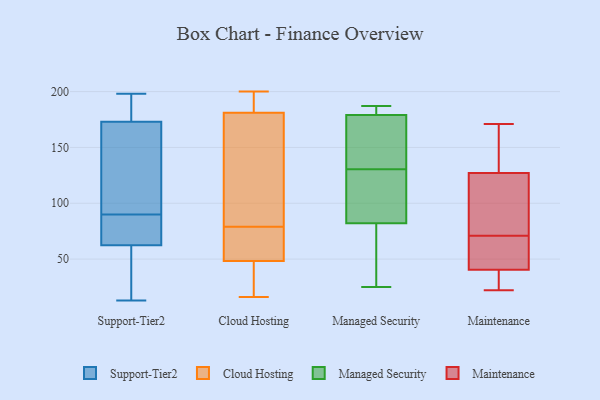
{"axis": {"x": "Demand Index", "y": "Value"}, "legend": ["Cloud Hosting", "Maintenance", "Managed Security", "Support-Tier2"], "data": [{"x": "", "y": 90, "type": "Support-Tier2"}, {"x": "", "y": 13, "type": "Support-Tier2"}, {"x": "", "y": 182, "type": "Support-Tier2"}, {"x": "", "y": 36, "type": "Support-Tier2"}, {"x": "", "y": 58, "type": "Support-Tier2"}, {"x": "", "y": 64, "type": "Support-Tier2"}, {"x": "", "y": 198, "type": "Support-Tier2"}, {"x": "", "y": 189, "type": "Support-Tier2"}, {"x": "", "y": 188, "type": "Support-Tier2"}, {"x": "", "y": 126, "type": "Support-Tier2"}, {"x": "", "y": 62, "type": "Support-Tier2"}, {"x": "", "y": 146, "type": "Support-Tier2"}, {"x": "", "y": 101, "type": "Support-Tier2"}, {"x": "", "y": 64, "type": "Support-Tier2"}, {"x": "", "y": 68, "type": "Support-Tier2"}, {"x": "", "y": 128, "type": "Cloud Hosting"}, {"x": "", "y": 77, "type": "Cloud Hosting"}, {"x": "", "y": 200, "type": "Cloud Hosting"}, {"x": "", "y": 154, "type": "Cloud Hosting"}, {"x": "", "y": 53, "type": "Cloud Hosting"}, {"x": "", "y": 21, "type": "Cloud Hosting"}, {"x": "", "y": 77, "type": "Cloud Hosting"}, {"x": "", "y": 16, "type": "Cloud Hosting"}, {"x": "", "y": 34, "type": "Cloud Hosting"}, {"x": "", "y": 192, "type": "Cloud Hosting"}, {"x": "", "y": 174, "type": "Cloud Hosting"}, {"x": "", "y": 181, "type": "Cloud Hosting"}, {"x": "", "y": 79, "type": "Cloud Hosting"}, {"x": "", "y": 18, "type": "Cloud Hosting"}, {"x": "", "y": 181, "type": "Cloud Hosting"}, {"x": "", "y": 61, "type": "Cloud Hosting"}, {"x": "", "y": 190, "type": "Cloud Hosting"}, {"x": "", "y": 141, "type": "Managed Security"}, {"x": "", "y": 186, "type": "Managed Security"}, {"x": "", "y": 82, "type": "Managed Security"}, {"x": "", "y": 131, "type": "Managed Security"}, {"x": "", "y": 168, "type": "Managed Security"}, {"x": "", "y": 121, "type": "Managed Security"}, {"x": "", "y": 87, "type": "Managed Security"}, {"x": "", "y": 179, "type": "Managed Security"}, {"x": "", "y": 167, "type": "Managed Security"}, {"x": "", "y": 117, "type": "Managed Security"}, {"x": "", "y": 27, "type": "Managed Security"}, {"x": "", "y": 25, "type": "Managed Security"}, {"x": "", "y": 61, "type": "Managed Security"}, {"x": "", "y": 183, "type": "Managed Security"}, {"x": "", "y": 187, "type": "Managed Security"}, {"x": "", "y": 182, "type": "Managed Security"}, {"x": "", "y": 130, "type": "Managed Security"}, {"x": "", "y": 64, "type": "Managed Security"}, {"x": "", "y": 22, "type": "Maintenance"}, {"x": "", "y": 111, "type": "Maintenance"}, {"x": "", "y": 70, "type": "Maintenance"}, {"x": "", "y": 39, "type": "Maintenance"}, {"x": "", "y": 145, "type": "Maintenance"}, {"x": "", "y": 58, "type": "Maintenance"}, {"x": "", "y": 27, "type": "Maintenance"}, {"x": "", "y": 73, "type": "Maintenance"}, {"x": "", "y": 171, "type": "Maintenance"}, {"x": "", "y": 72, "type": "Maintenance"}, {"x": "", "y": 143, "type": "Maintenance"}, {"x": "", "y": 42, "type": "Maintenance"}]}